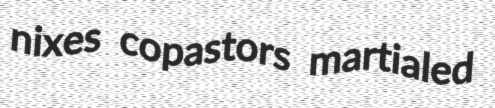
nixes copastors martialed